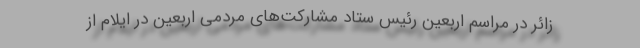
زائر در مراسم اربعین رئیس ستاد مشارکت‌های مردمی اربعین در ایلام از